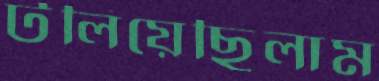
টলিয়েছিলাম